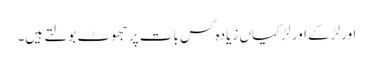
اور لڑکے اور لڑکیاں زیادہ کس بات پر جھوٹ بولتے ہیں۔